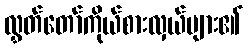
လွှတ်တော်ကိုယ်စားလှယ်များ၏